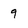
Character: 9